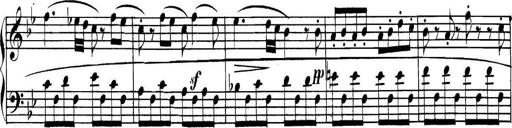
Title: Collected Piano Sonatas
Composer: Muzio Clementi